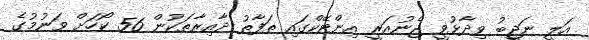
އަލީ ނަޖީބު ވިދާޅުވީ ޖެނުއަރީ އިންޓޭކްގައި ތަފާތު ދާއިރާތަކުން 56 ކޯހަށް ވަނުމުގެ